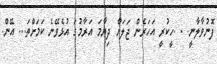
ފޮނުވާލާނީ. . .ހީކުރީ އަހަރެން ޖަލަށް ދިޔާމަ އަރާމުގަ އުޅެވޭނެ ކަމަށްތަ... އޭން.